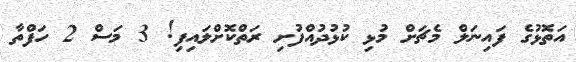
އަތޮޅުގެ ފައިނަލް މެޗަށް މުޅި ކުޅުދުއްފުށި ރަތްކޮށްލައިފި! 3 މަސް 2 ހަފްތާ